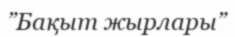
”Бақыт жырлары”